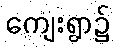
ကျေးရွာ၌